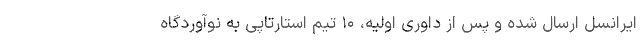
ایرانسل ارسال شده و پس از داوری اولیه، ۱۰ تیم استارتاپی به نوآوردگاه